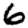
Digit: 6